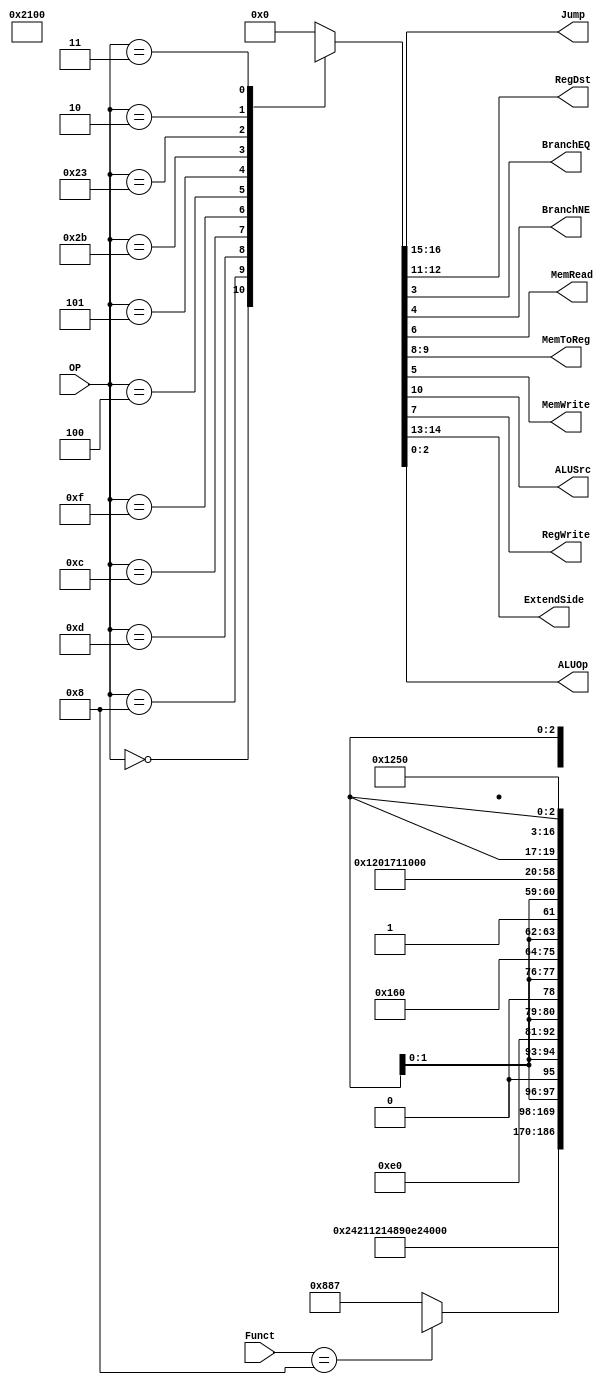
/******************************************************************
* Description
*	This is control unit for the MIPS processor. The control unit is 
*	in charge of generation of the control signals. Its only input 
*	corresponds to opcode from the instruction.
*	1.0
* Author:
*	Dr. Jos Luis Pizano Escalante
* email:
*	luispizano@iteso.mx
* Date:
*	01/03/2014
******************************************************************/
module Control
(
	input [5:0]OP,
	input [5:0]Funct,
	output [1:0]Jump,		//00 no jump	//01 jump	//10 jr
	output [1:0]RegDst,	//00 rt 			//01 rd 		//10 31D
	output BranchEQ,
	output BranchNE,
	output MemRead,
	output [1:0]MemToReg, //00 ALU		//01 RAM		//10 PC+4
	output MemWrite,
	output ALUSrc,
	output RegWrite,
	output [1:0]ExtendSide,
	
	output [2:0]ALUOp
	
	
);
localparam R_Type = 0;
localparam I_Type_ADDI = 6'h8;
localparam I_Type_ORI = 6'h0d;
localparam I_Type_ANDI= 6'h0c;
localparam I_Type_LUI = 6'h0f;
localparam I_Type_BEQ = 6'h04;
localparam I_Type_BNE = 6'h05;
localparam I_Type_SW = 6'h2b;
localparam I_Type_LW = 6'h23;
localparam J_Type_JUMP = 6'h02;
localparam J_Type_JAL = 6'h03;

localparam R_Type_JR = 6'h08; 

reg [16:0] ControlValues;

always@(OP, Funct) begin
	casex(OP)
		R_Type:
			begin
				if (Funct == R_Type_JR)
					ControlValues = 17'b10_00_01_0_00_0_00_00_xxx;					
				else	
					ControlValues=  17'b00_00_01_0_00_1_00_00_111;					
			end
			
		I_Type_ADDI:  ControlValues= 17'b00_00_00_1_00_1_00_00_100;
		I_Type_ORI:   ControlValues= 17'b00_10_00_1_00_1_00_00_101;
		I_Type_ANDI:  ControlValues= 17'b00_10_00_1_00_1_00_00_111;
		I_Type_LUI:   ControlValues= 17'b00_01_00_1_00_1_00_00_100;
		I_Type_BEQ:	  ControlValues= 17'b00_00_xx_0_xx_0_00_01_110;
		I_Type_BNE:	  ControlValues= 17'b00_00_xx_0_xx_0_00_10_110;		
		I_Type_SW: 	  ControlValues= 17'b00_00_xx_1_xx_0_01_00_100;
		I_Type_LW:    ControlValues= 17'b00_00_00_1_01_1_10_00_100;
		J_Type_JUMP:  ControlValues= 17'b01_00_00_0_00_0_00_00_xxx;
		J_Type_JAL:	  ControlValues= 17'b01_00_10_0_10_1_00_00_xxx;
		default:
			ControlValues= 17'b00000000000000000;
		endcase
end	

assign Jump[1] = ControlValues[16];
assign Jump[0] = ControlValues[15];

assign ExtendSide[1] = ControlValues[14];
assign ExtendSide[0] = ControlValues[13];

assign RegDst[1] = ControlValues[12];	
assign RegDst[0] = ControlValues[11];

assign ALUSrc = ControlValues[10];

assign MemToReg[1] = ControlValues[9];
assign MemToReg[0] = ControlValues[8];

assign RegWrite = ControlValues[7];

assign MemRead = ControlValues[6];
assign MemWrite = ControlValues[5];

assign BranchNE = ControlValues[4];
assign BranchEQ = ControlValues[3];

assign ALUOp = ControlValues[2:0];	

endmodule